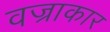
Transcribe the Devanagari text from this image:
वज्राकार